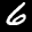
Label: 6